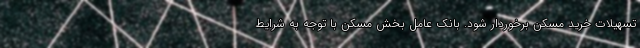
تسهیلات خرید مسکن برخوردار شود. بانک عامل بخش مسکن با توجه به شرایط